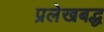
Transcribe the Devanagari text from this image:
प्रलेखबद्ध